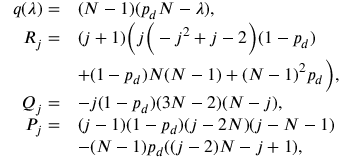
\begin{array} { r l } { q ( \lambda ) = } & { ( N - 1 ) ( p _ { d } N - \lambda ) , } \\ { R _ { j } = } & { ( j + 1 ) \bigg ( j \bigg ( - j ^ { 2 } + j - 2 \bigg ) ( 1 - p _ { d } ) } \\ & { + ( 1 - p _ { d } ) N ( N - 1 ) + ( N - 1 ) ^ { 2 } p _ { d } \bigg ) , } \\ { Q _ { j } = } & { - j ( 1 - p _ { d } ) ( 3 N - 2 ) ( N - j ) , } \\ { P _ { j } = } & { ( j - 1 ) ( 1 - p _ { d } ) ( j - 2 N ) ( j - N - 1 ) } \\ & { - ( N - 1 ) p _ { d } ( ( j - 2 ) N - j + 1 ) , } \end{array}